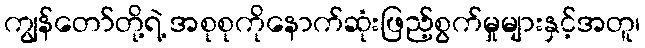
ကျွန်တော်တို့ရဲ့ အစုစုကိုနောက်ဆုံးဖြည့်စွက်မှုများနှင့်အတူ၊